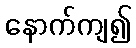
နောက်ကျ၍